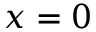
x = 0